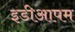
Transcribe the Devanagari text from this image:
इडीआपम